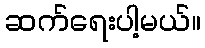
ဆက်ရေးပါ့မယ်။